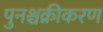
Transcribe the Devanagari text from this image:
पुनश्चक्रीकरण